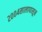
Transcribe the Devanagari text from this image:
२००४सालापासून